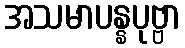
အသမာပန္နပုဗ္ဗာ